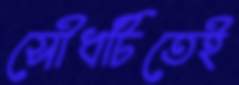
সৌধটিতেই